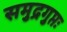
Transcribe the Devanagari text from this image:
समुद्रगुप्तः